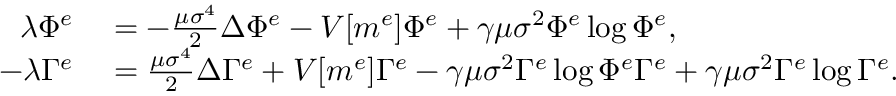
\begin{array} { r l } { \lambda \Phi ^ { e } } & { { } = - \frac { \mu \sigma ^ { 4 } } { 2 } \Delta \Phi ^ { e } - V [ m ^ { e } ] \Phi ^ { e } + \gamma \mu \sigma ^ { 2 } \Phi ^ { e } \log { \Phi ^ { e } } , } \\ { - \lambda \Gamma ^ { e } } & { { } = \frac { \mu \sigma ^ { 4 } } { 2 } \Delta \Gamma ^ { e } + V [ m ^ { e } ] \Gamma ^ { e } - \gamma \mu \sigma ^ { 2 } \Gamma ^ { e } \log { \Phi ^ { e } \Gamma ^ { e } } + \gamma \mu \sigma ^ { 2 } \Gamma ^ { e } \log { \Gamma ^ { e } } . } \end{array}